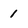
Character: 1